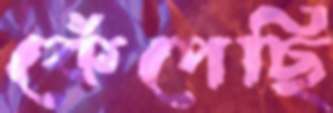
কেঁপেছি